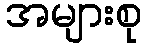
အများစု